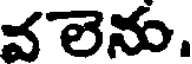
వలెను.